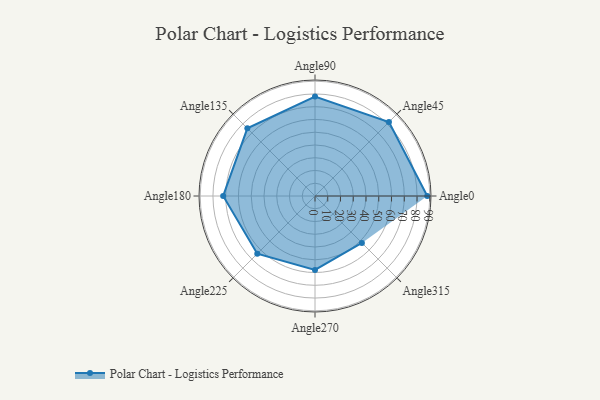
{"axis": {"x": "Angle", "y": "Radius"}, "legend": [""], "data": [{"x": "Angle0", "y": 88.0, "type": ""}, {"x": "Angle45", "y": 82.0, "type": ""}, {"x": "Angle90", "y": 78.0, "type": ""}, {"x": "Angle135", "y": 75.0, "type": ""}, {"x": "Angle180", "y": 72.0, "type": ""}, {"x": "Angle225", "y": 64.0, "type": ""}, {"x": "Angle270", "y": 58.0, "type": ""}, {"x": "Angle315", "y": 52.0, "type": ""}]}